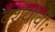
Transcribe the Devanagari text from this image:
दर्शयोर्वीः